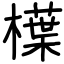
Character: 𣜿